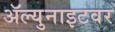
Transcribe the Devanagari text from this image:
ॲल्युनाइटवर